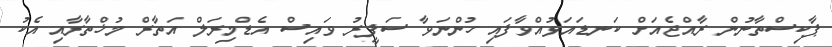
ޕާކިސްތާނުން ރާއްޖެއަށް ކަނޑައަޅުއްވާފައި ހުންނަވާ ސަފީރު ވައިސް އެޑްމިރަލް އަތާރް މުޚްތާރާއި އެކު